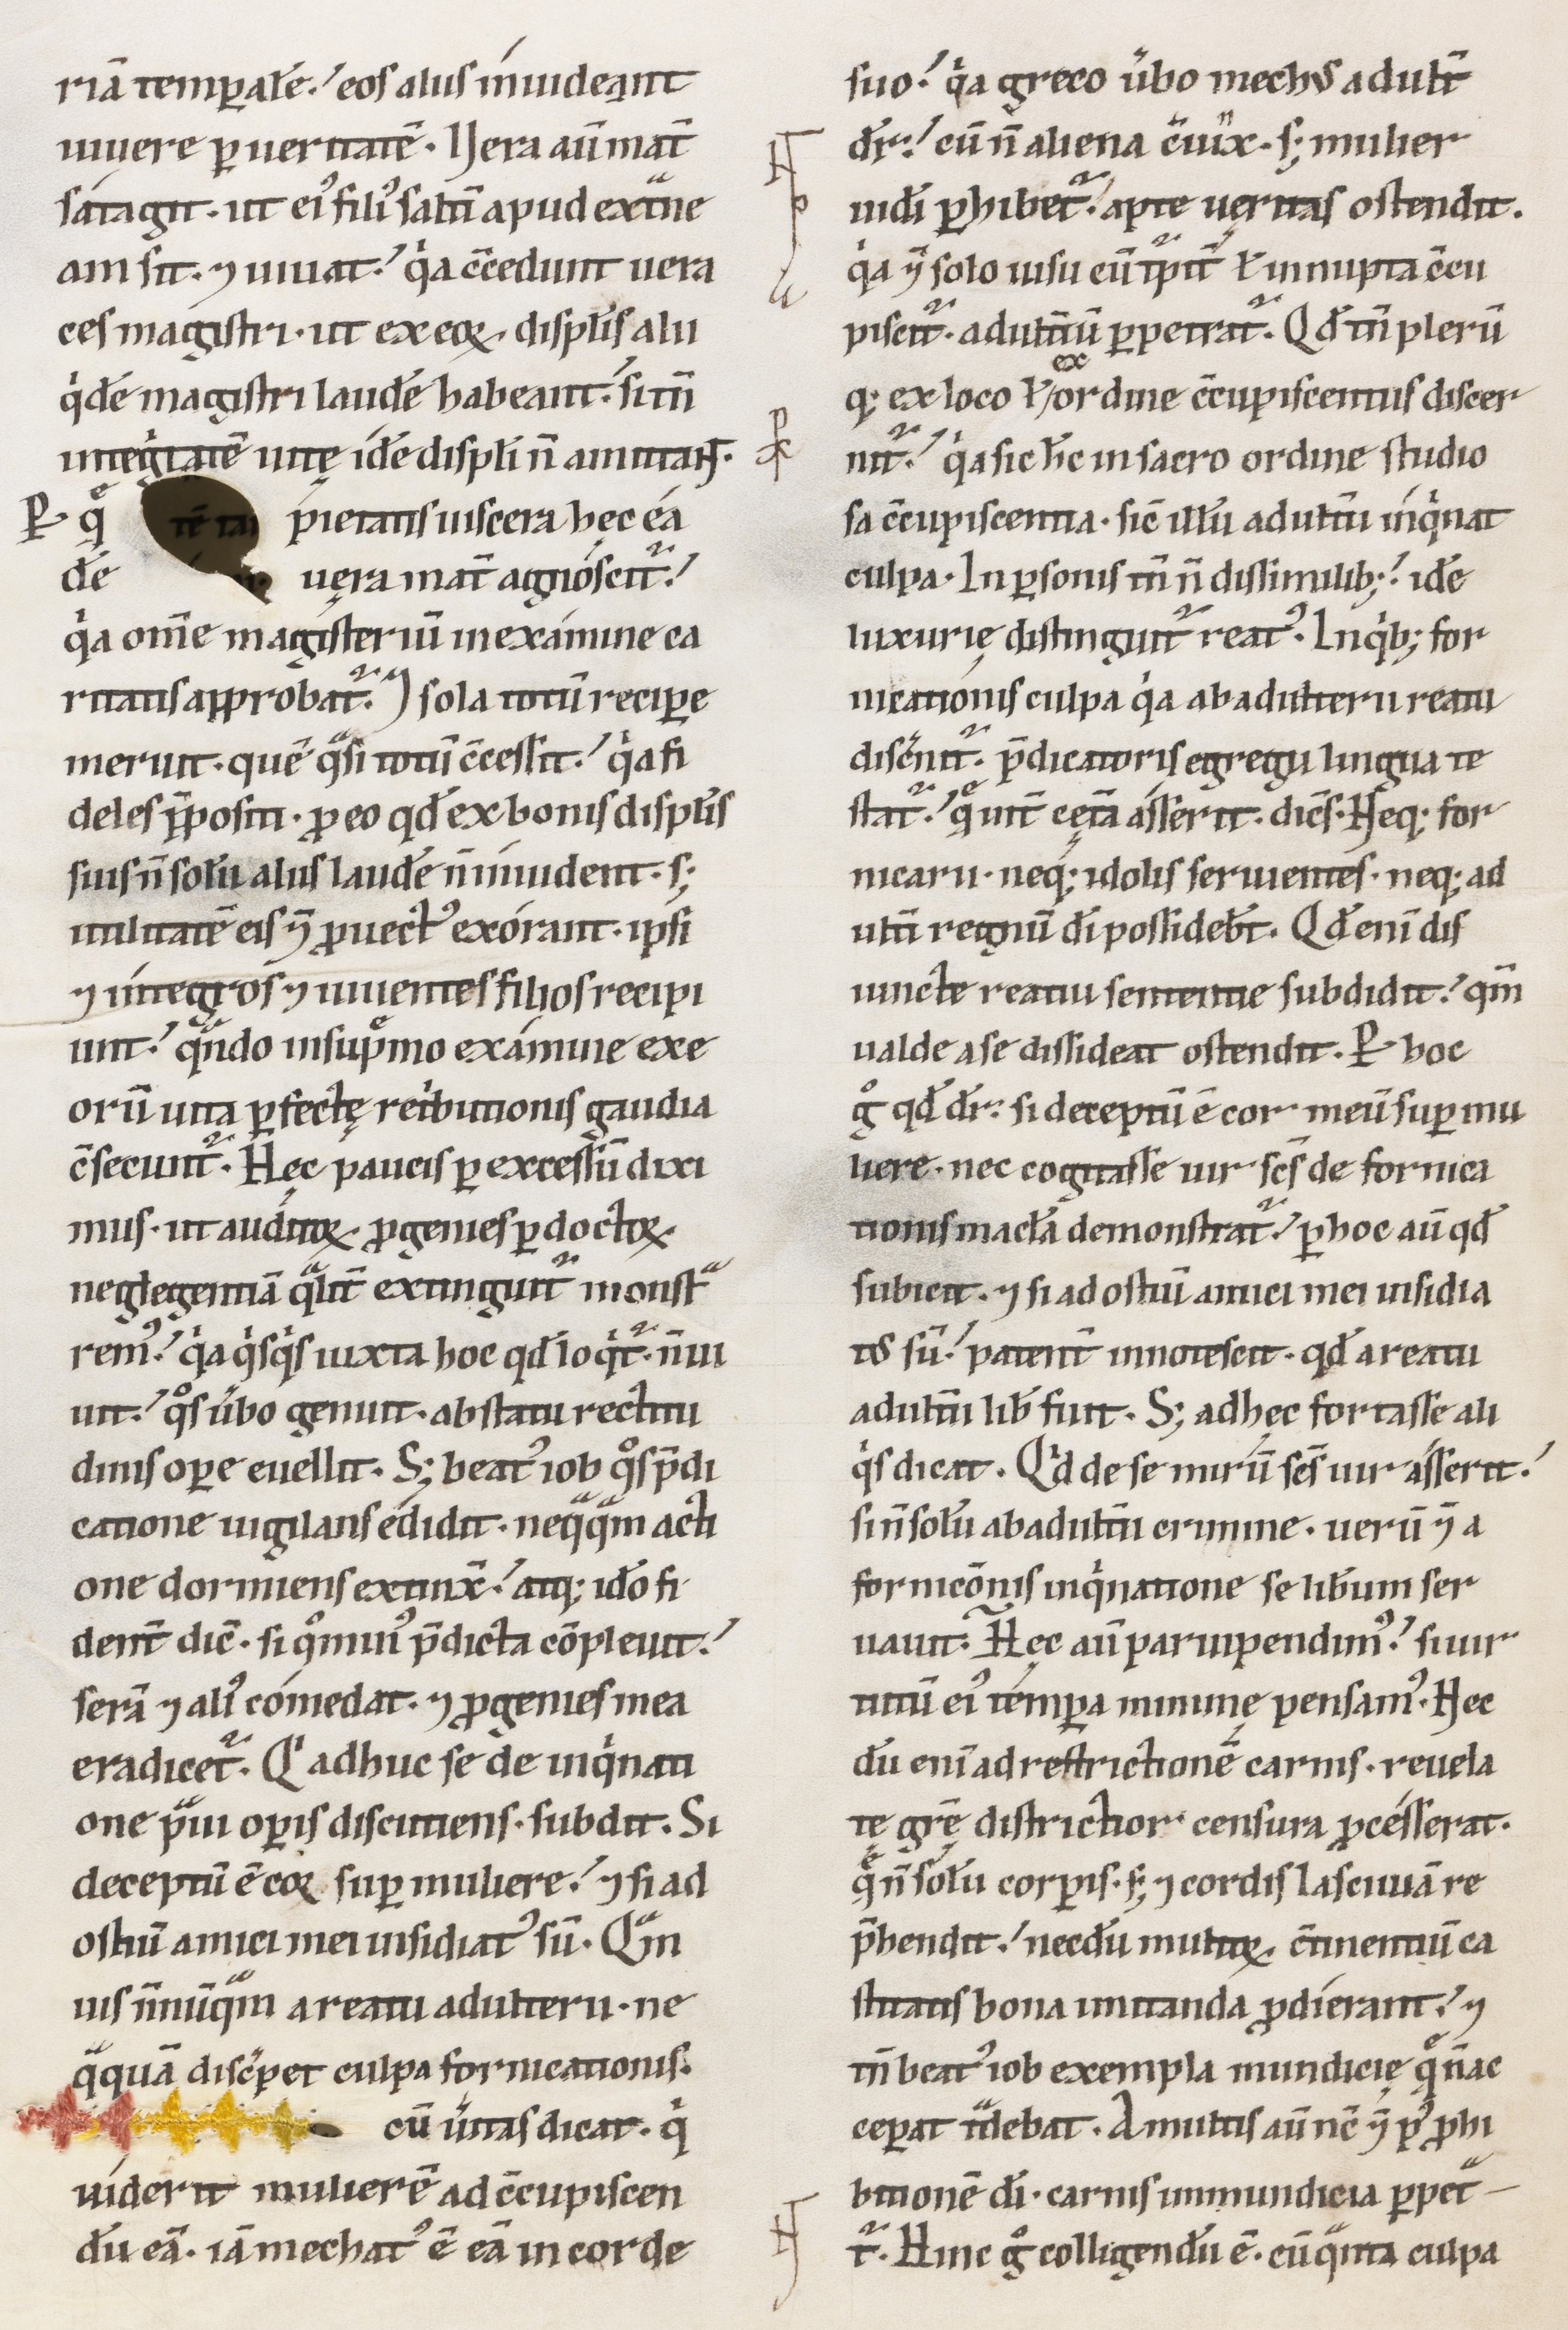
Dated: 1100–1199